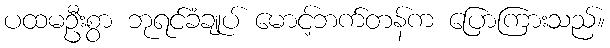
ပထမဦးစွာ ဘုရင်ခံချုပ် မောင့်ဘက်တန်က ပြောကြားသည်။